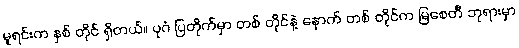
မူရင်းက နှစ် တိုင် ရှိတယ်။ ပုဂံ ပြတိုက်မှာ တစ် တိုင်နဲ့ နောက် တစ် တိုင်က မြစေတီ ဘုရားမှာ